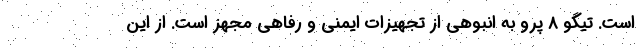
است. تیگو 8 پرو به انبوهی از تجهیزات ایمنی و رفاهی مجهز است. از این